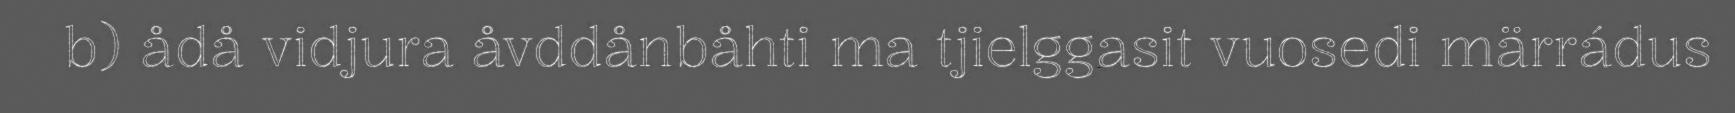
b) ådå vidjura åvddånbåhti ma tjielggasit vuosedi märrádus